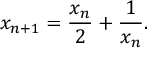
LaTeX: x _ { n + 1 } = { \frac { x _ { n } } { 2 } } + { \frac { 1 } { x _ { n } } } .